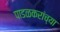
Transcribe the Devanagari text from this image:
पाडळकरांच्या